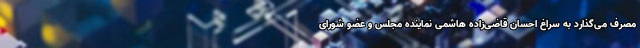
مصرف می‌گذارد به سراغ احسان قاضی‌زاده هاشمی نماینده مجلس و عضو شورای